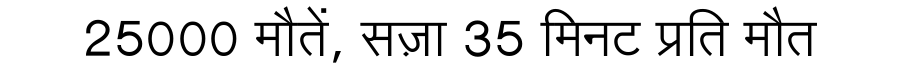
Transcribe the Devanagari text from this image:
25000 मौतें, सज़ा 35 मिनट प्रति मौत